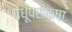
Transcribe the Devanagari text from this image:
वधूपरीक्षा